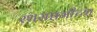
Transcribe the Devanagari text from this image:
रथसप्तमीच्या